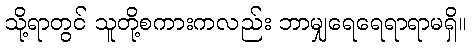
သို့ရာတွင် သူတို့စကားကလည်း ဘာမျှရေရေရာရာမရှိ။